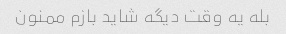
بله یه وقت دیگه شاید بازم ممنون